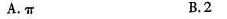
A.π B.2